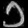
Digit: ၁